DOW-UAP-D6, Mission Report, Arabian Gulf, 2020
Agency: Department of War
Incident location: Pacific Ocean
Page 2
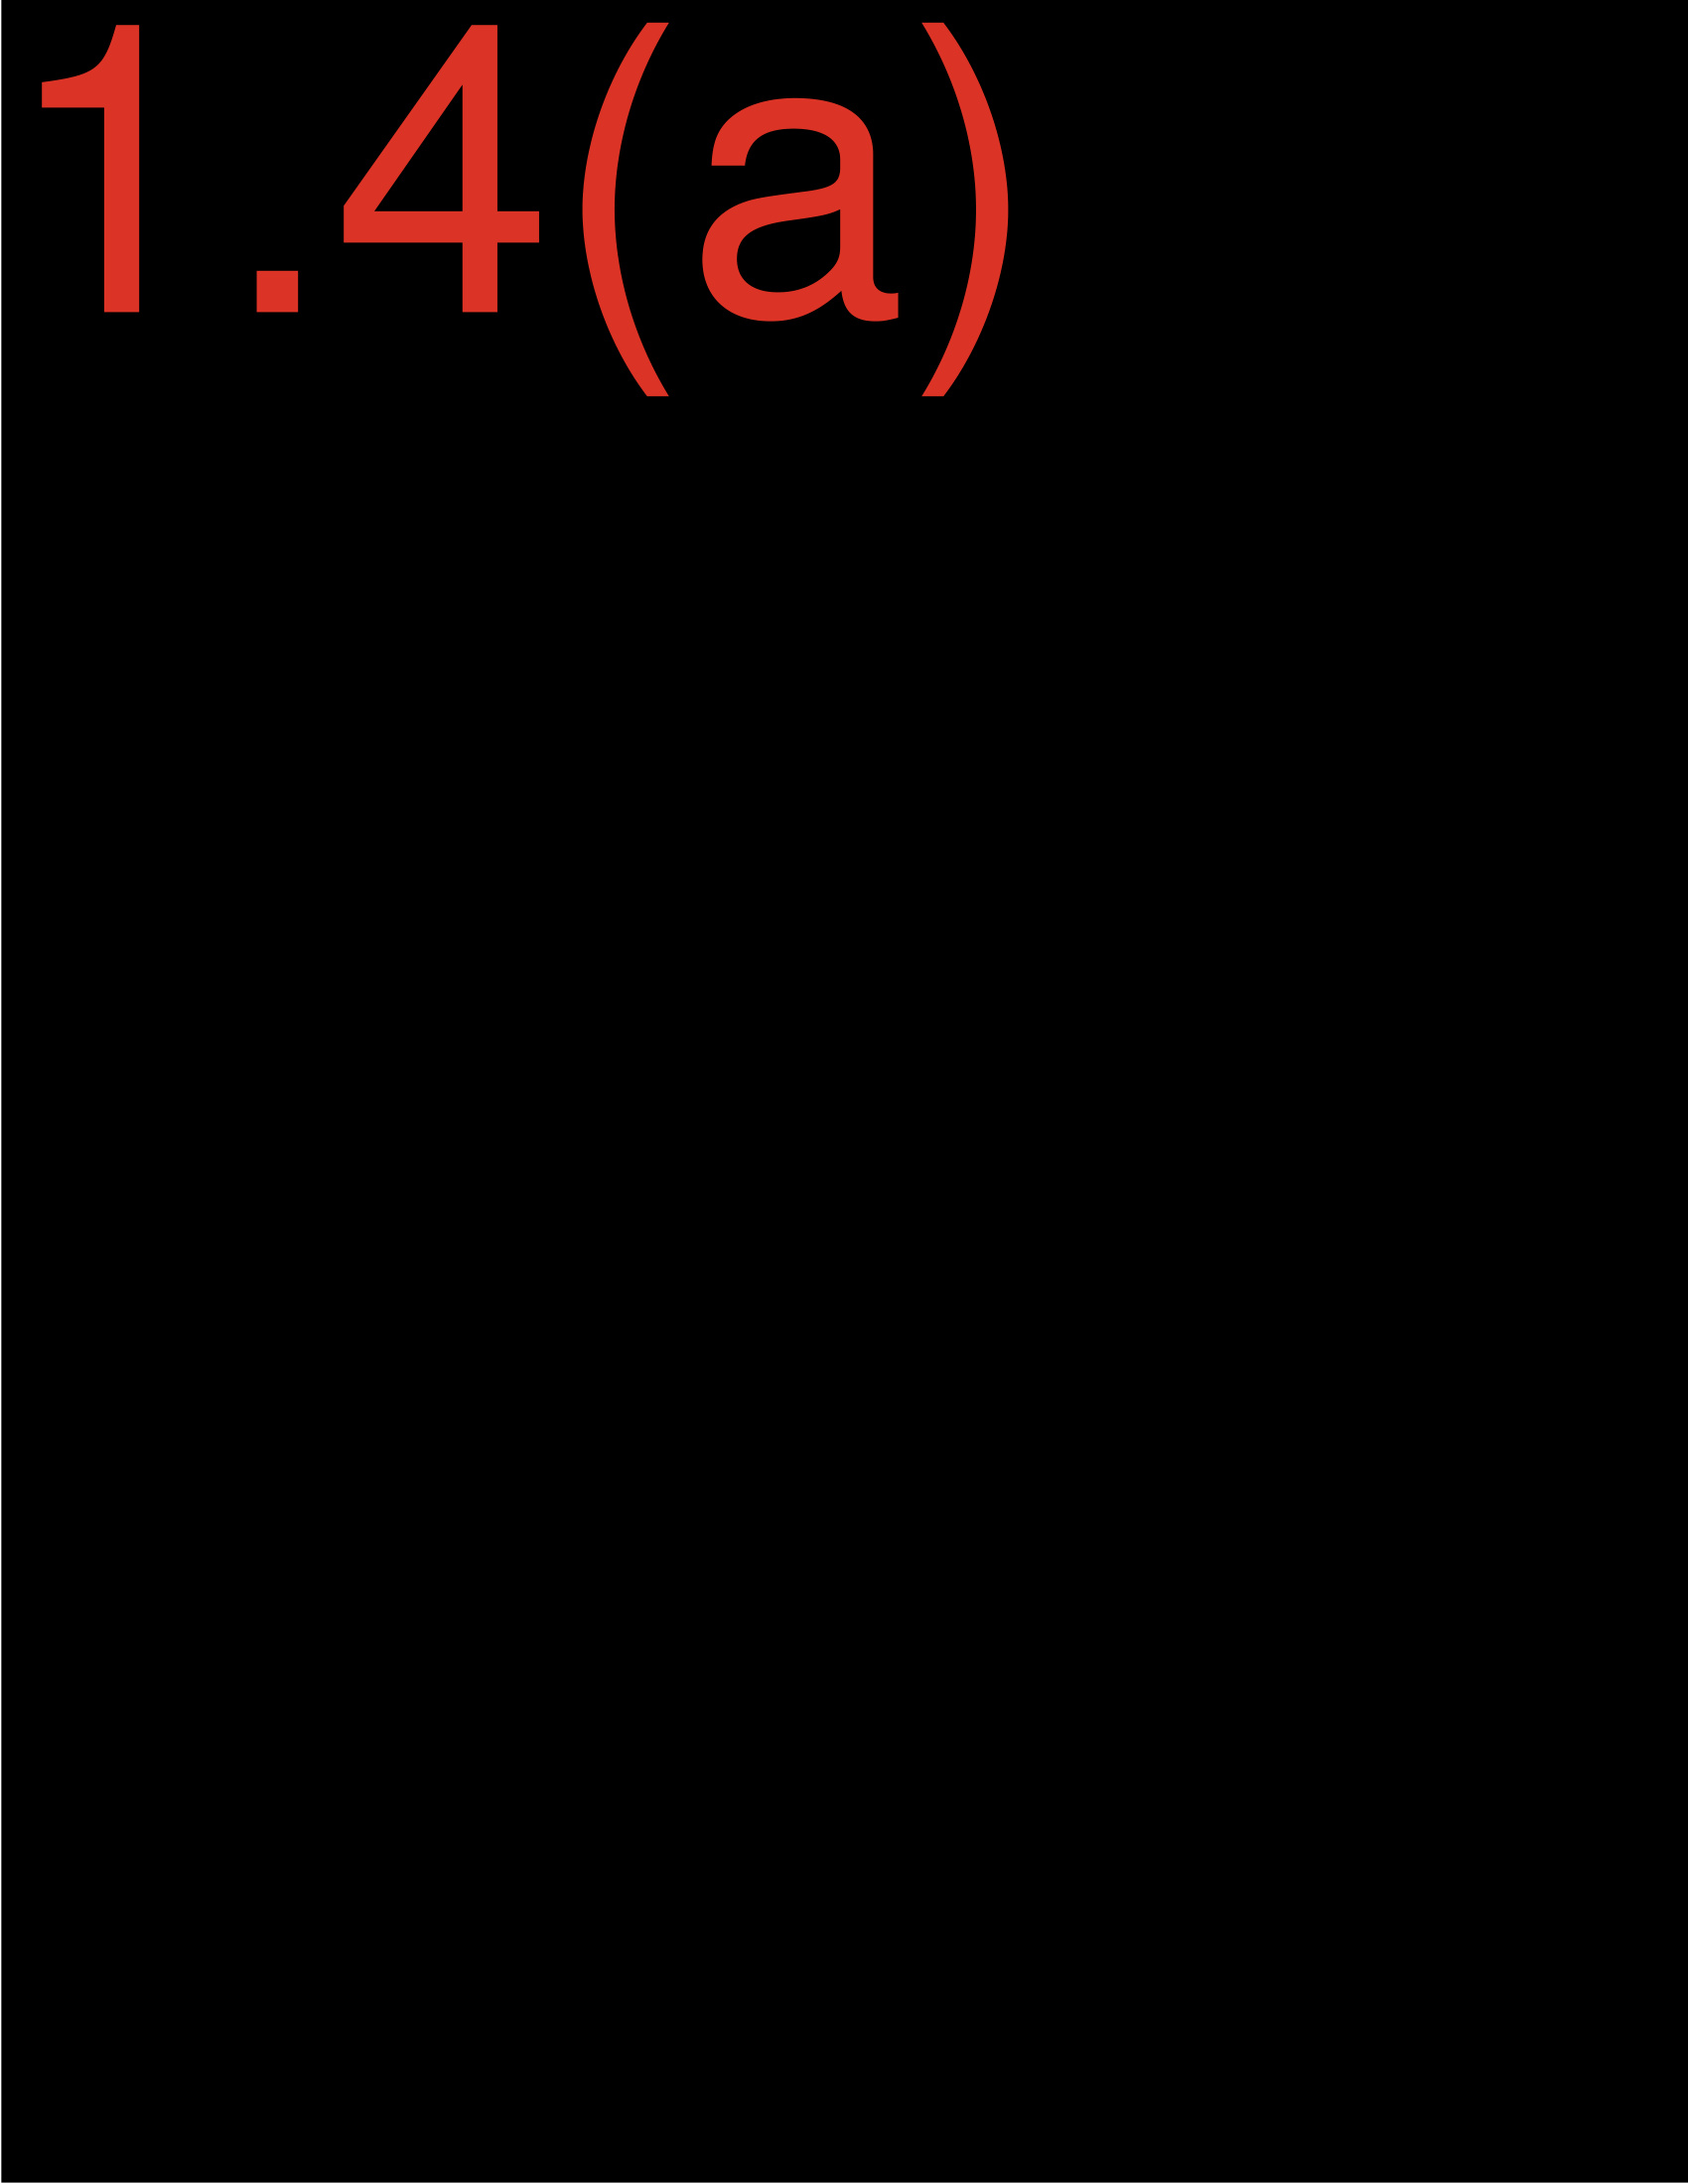